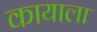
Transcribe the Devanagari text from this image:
कायाला